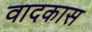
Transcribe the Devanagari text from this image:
वादकास